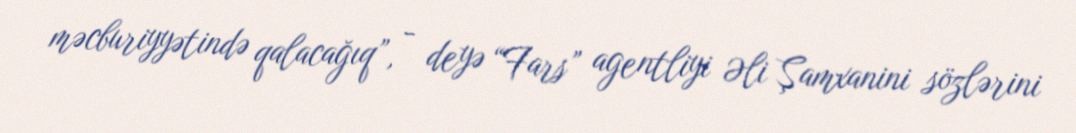
məcburiyyətində qalacağıq”, - deyə “Fars” agentliyi Əli Şamxanini sözlərini